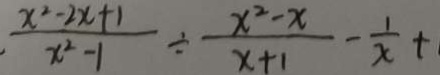
\frac { x ^ { 2 } - 2 x + 1 } { x ^ { 2 } - 1 } \div \frac { x ^ { 2 } - x } { x + 1 } - \frac { 1 } { x } +